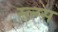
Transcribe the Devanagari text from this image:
स्ल्ग्स